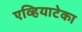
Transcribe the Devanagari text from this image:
एव्हियाटेका